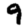
Digit: 9